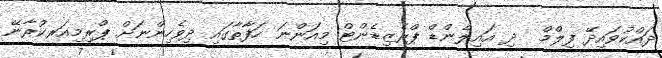
ދައްކުވައިދޭ ފިލްމް  ދި އައިލެންޑް ޕްރެޒިޑެންޓް މިއަންނަ ހަފާތާގައި ދިވެހިންނަށް ޕްރިމިއަރކުރާނޭ